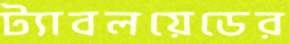
ট্যাবলয়েডের